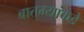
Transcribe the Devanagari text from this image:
बातम्यांकडे